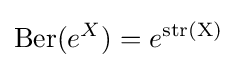
\operatorname {Ber} (e^{X})=e^{\operatorname {str(X)} }